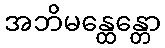
အဘိမန္ထေန္တော